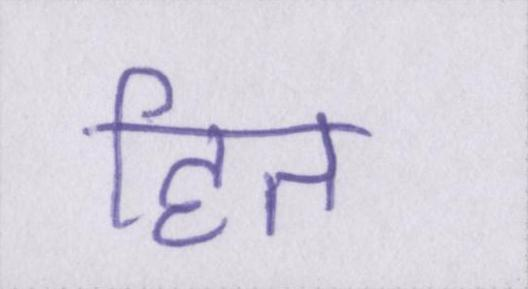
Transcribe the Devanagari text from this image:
हित